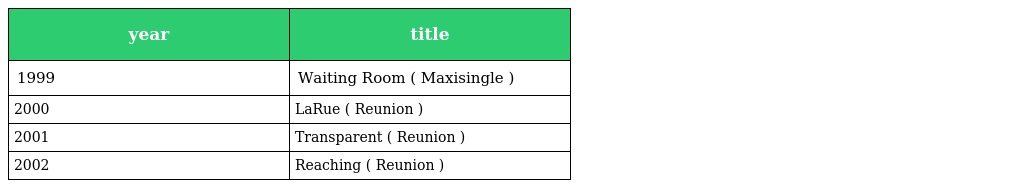
| year | title |
 | --- | --- |
 | 1999 | Waiting Room ( Maxisingle ) |
 | 2000 | LaRue ( Reunion ) |
 | 2001 | Transparent ( Reunion ) |
 | 2002 | Reaching ( Reunion ) |